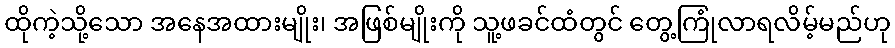
ထိုကဲ့သို့သော အနေအထားမျိုး၊ အဖြစ်မျိုးကို သူ့ဖခင်ထံတွင် တွေ့ကြုံလာရလိမ့်မည်ဟု